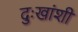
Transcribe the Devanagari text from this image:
दुःखांशी